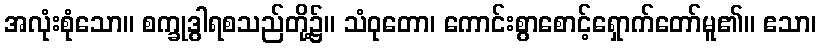
အလုံးစုံသော။ စက္ခုဒွါရစသည်တို့၌။ သံဝုတော၊ ကောင်းစွာစောင့်ရှောက်တော်မူ၏။ ဧသာ၊